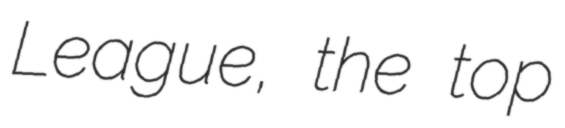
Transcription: League, the top